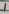
Text: 1